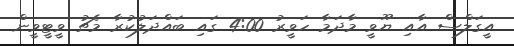
އީގަލްސް އާއި ޔޫވީ މާދަމާ ހަވީރު 4:00 ގައި ބައްދަލުކުރާ މެޗު ވީޓީވީން